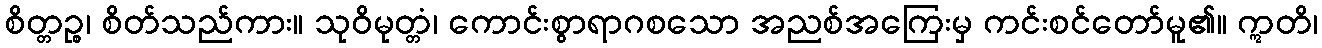
စိတ္တဉ္စ၊ စိတ်သည်ကား။ သုဝိမုတ္တံ၊ ကောင်းစွာရာဂစသော အညစ်အကြေးမှ ကင်းစင်တော်မူ၏။ ဣတိ၊